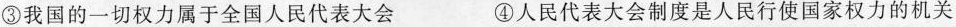
③我国的一切权力属于全国人民代表大会 ④人民代表大会制度是人民行使国家权力的机关